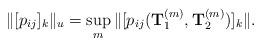
LaTeX: \begin{align*}\|[p_{ij}]_k\|_u=\sup_{m}\|[p_{ij}({\bf T}_1^{(m)}, {\bf T}_2^{(m)})]_k\|.\end{align*}